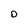
Character: D